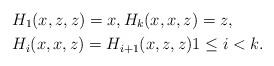
LaTeX: \begin{align*} & H_1(x,z,z)=x, H_k(x,x,z)=z, \\ & H_i(x,x,z)=H_{i+1}(x,z,z) 1\leq i<k.\end{align*}